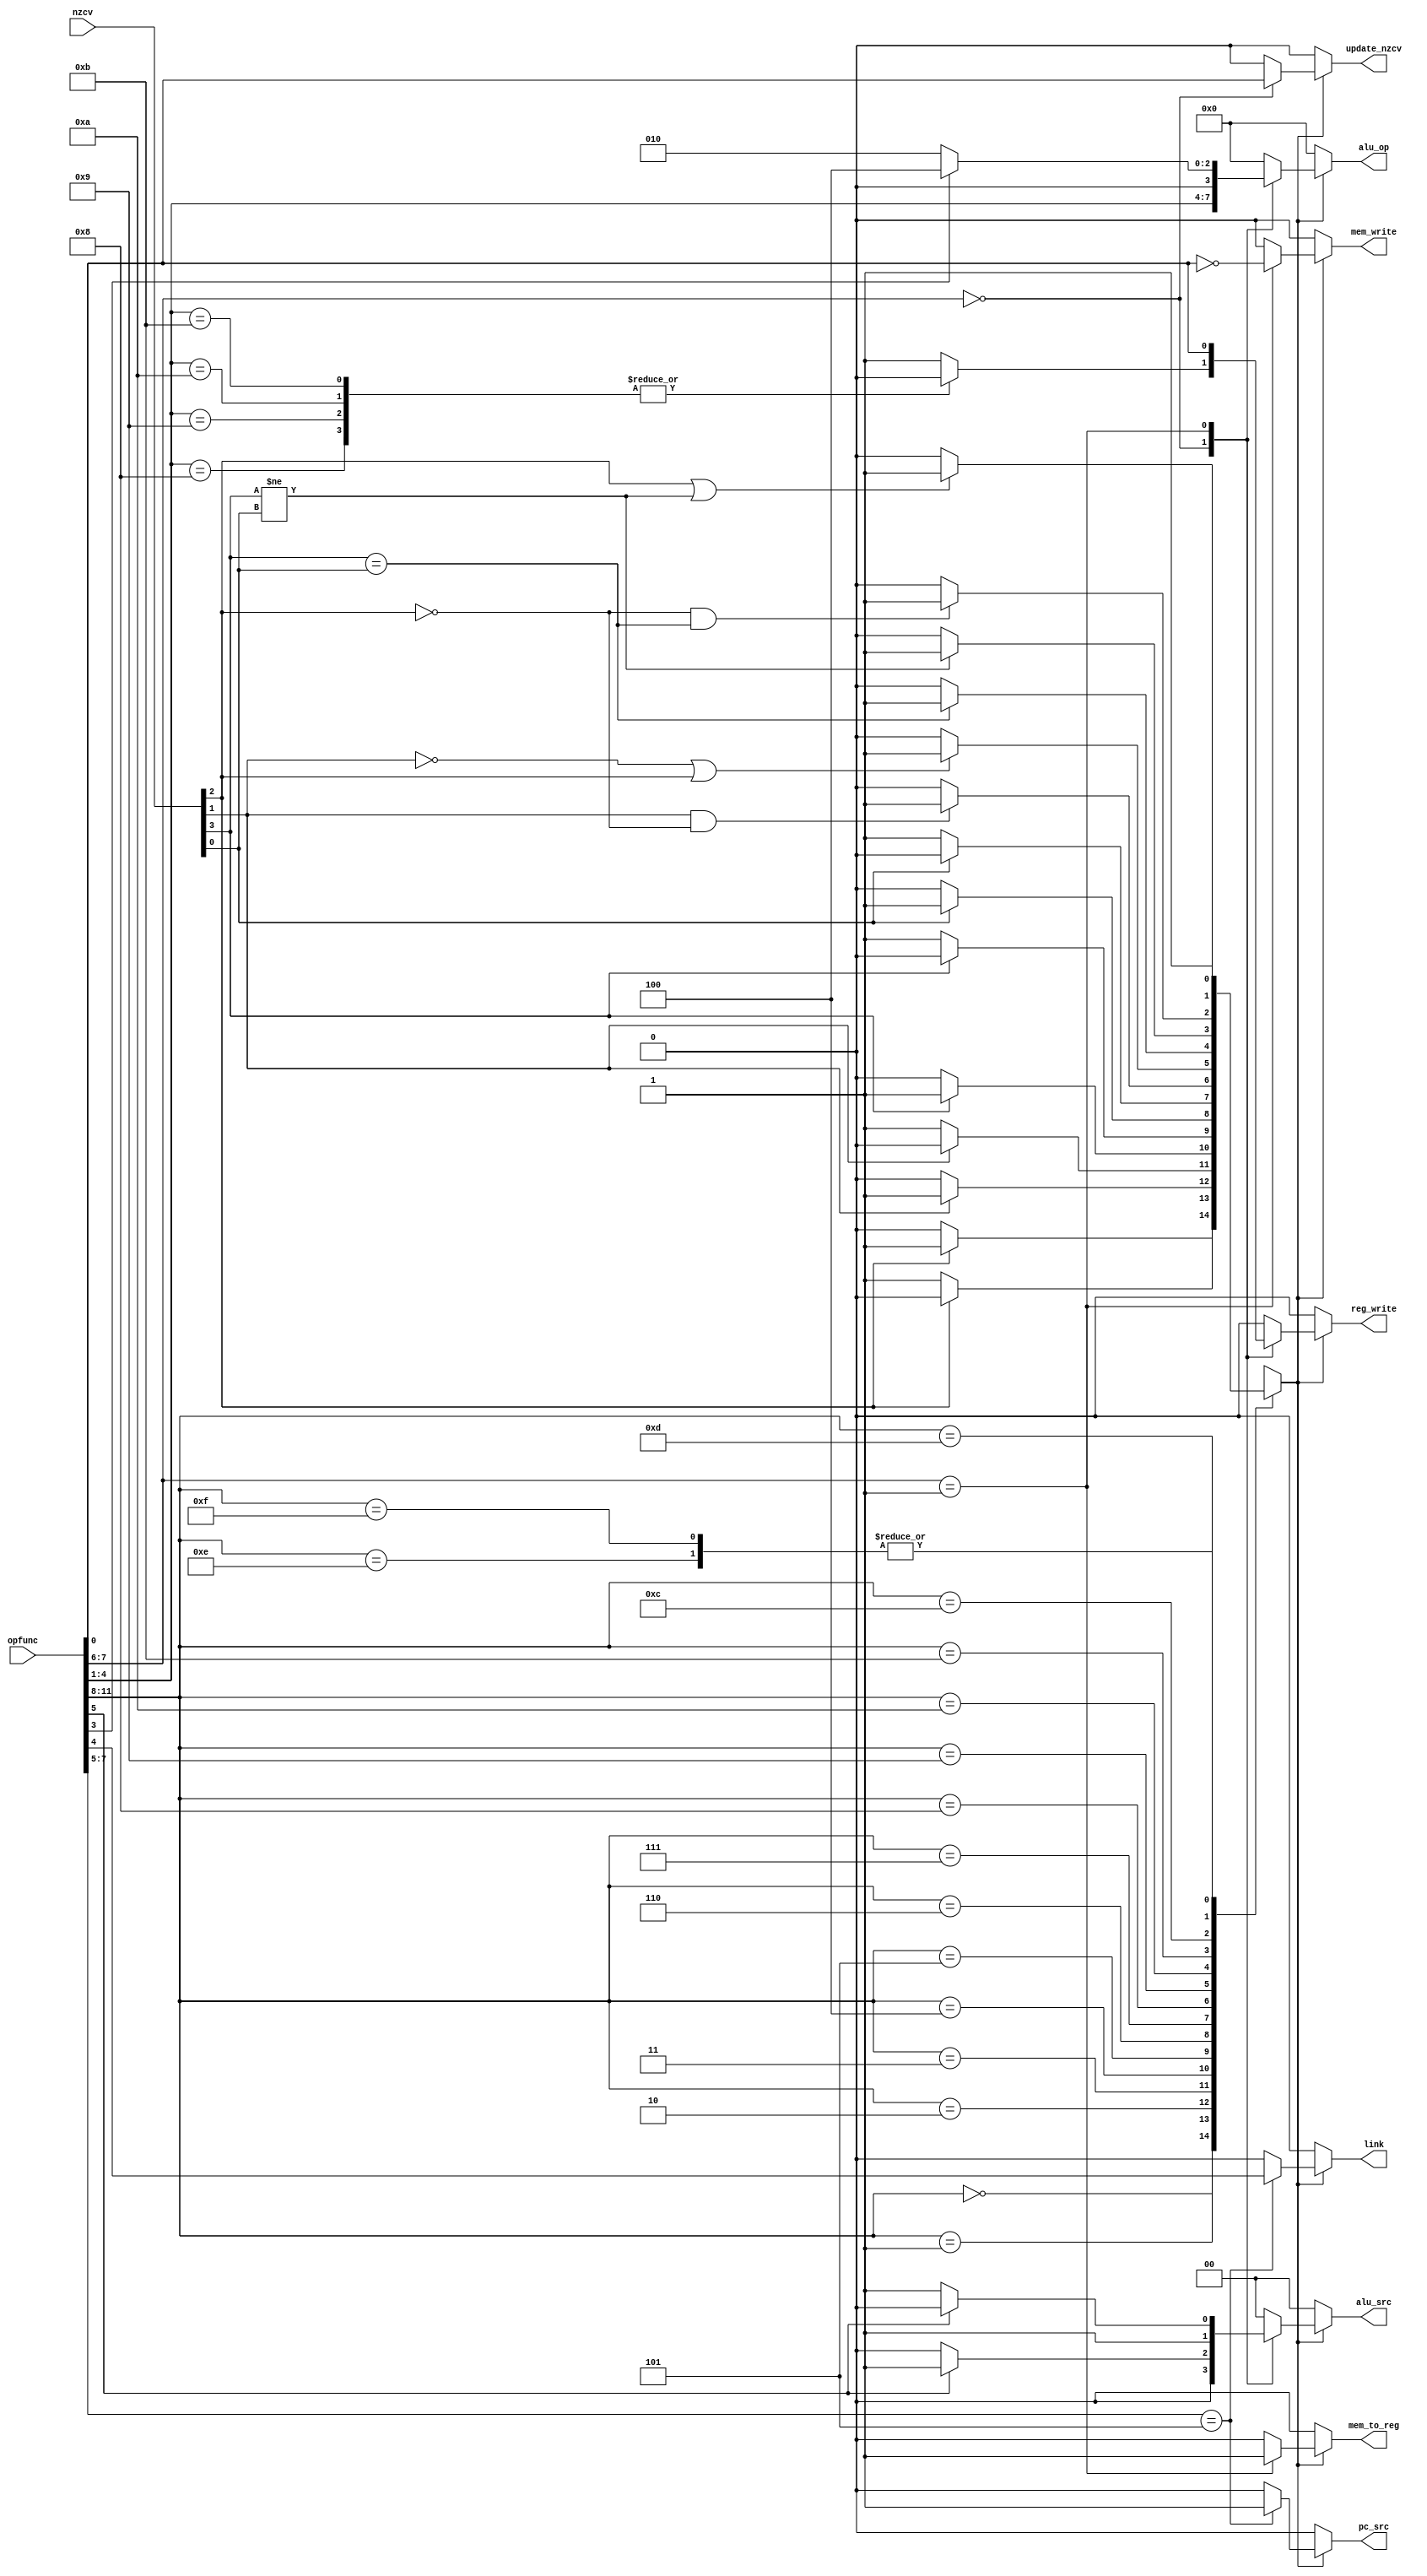
`timescale 1ns / 1ps
//////////////////////////////////////////////////////////////////////////////////
// Company: 
// Engineer: 
// 
// Design Name: 
// Module Name:    control 
// Project Name: 
// Target Devices: 
// Tool versions: 
// Description: 
//
// Dependencies: 
//
// Revision: 
// Revision 0.01 - File Created
// Additional Comments: 
//
//////////////////////////////////////////////////////////////////////////////////
module control(opfunc, nzcv, 
					reg_write, alu_src, alu_op, mem_to_reg, mem_write, pc_src, 
					update_nzcv, link
    );
	input [3:0]nzcv;
	input [11:0]opfunc;
	output [3:0]alu_op;
	output [1:0]alu_src;
	output reg_write, mem_to_reg, mem_write, pc_src ,update_nzcv ,link;
	
	parameter BRANCH_TYPE = 8'b101xxxxx;
	parameter DATA_PROCESS_TYPE = 8'b00xxxxxx;
	parameter DATA_TRANSFER_TYPE = 8'b01xxxxxx;
	
	//assign test = opfunc[4];
	
	//wire
	wire n,v,z,c;
	reg condition;
	reg reg_write, mem_to_reg, mem_write, pc_src ,update_nzcv ,link;
	reg [3:0]alu_op;
	reg [1:0]alu_src;
	
	assign n = nzcv[3];
	assign z = nzcv[2];
	assign c = nzcv[1];
	assign v = nzcv[0];
	
	always@(*)
	begin
		case( opfunc[11:8] )
			4'b0000:begin
							if( z == 1'b1 )
								condition=1'b1;
							else
								condition=1'b0;
					  end
			4'b0001:begin
							if( z == 1'b0 )
								condition=1'b1;
							else
								condition=1'b0;
					  end
			4'b0010:begin
							if( c == 1'b1 )
								condition=1'b1;
							else
								condition=1'b0;
					  end
			4'b0011:begin
							if( c == 1'b0 )
								condition=1'b1;
							else
								condition=1'b0;
					  end
			4'b0100:begin
							if( n == 1'b1 )
								condition=1'b1;
							else
								condition=1'b0;
					  end
			4'b0101:begin
							if( n == 1'b0 )
								condition=1'b1;
							else
								condition=1'b0;
					  end
			4'b0110:begin
							if( v == 1'b1 )
								condition=1'b1;
							else
								condition=1'b0;
					  end
			4'b0111:begin
							if( v == 1'b0 )
								condition=1'b1;
							else
								condition=1'b0;
					  end
			4'b1000:begin
							if( c == 1'b1 && z==1'b0 )
								condition=1'b1;
							else
								condition=1'b0;
					  end
			4'b1001:begin
							if( c == 1'b0 || z == 1'b1)
								condition=1'b1;
							else
								condition=1'b0;
					  end
			4'b1010:begin
							if( n == v )
								condition=1'b1;
							else
								condition=1'b0;
					  end
			4'b1011:begin
							if( n != v )
								condition=1'b1;
							else
								condition=1'b0;
					  end
			4'b1100:begin
							if( z == 1'b0 && n ==v )
								condition=1'b1;
							else
								condition=1'b0;
					  end
			4'b1101:begin
							if( z == 1'b1 || n!=v )
								condition=1'b1;
							else
								condition=1'b0;
					  end
			4'b1110:condition=1'b1;
			4'b1111:condition=1'b1;
			default:condition=1'b1;
		endcase
	end

	always@(*)
	begin
		if( condition == 1'b1 )
			begin
				casex ( opfunc[7:0] )
						BRANCH_TYPE:begin
										reg_write = 1'b0;
										alu_src = 2'b00;
										alu_op = 4'b0000;
										mem_to_reg = 1'b0;
										mem_write = 1'b0;
										pc_src = 1'b1;
										update_nzcv = 1'b0;
										link = opfunc[4];
										end
						DATA_PROCESS_TYPE:begin
												case(opfunc[4:1])
													4'b1000:reg_write = 1'b0;
													4'b1001:reg_write = 1'b0;
													4'b1010:reg_write = 1'b0;
													4'b1011:reg_write = 1'b0;
													default: reg_write = 1'b1;
												endcase
												if( opfunc[5] == 1'b0 )
													alu_src = 2'b00;
												else
													alu_src = 2'b01;
												alu_op = opfunc[4:1];
												mem_to_reg = 1'b0;
												mem_write = 1'b0;
												pc_src = 1'b0;
												update_nzcv = opfunc[0];
												link = 1'b0;
												end
						DATA_TRANSFER_TYPE:begin
												 reg_write = opfunc[0];
												 if( opfunc[3] == 1'b1)
													alu_op = 4'b0100;
												 else
													alu_op = 4'b0010;
												 if( opfunc[5] == 1'b1 )
													alu_src = 2'b10;
												 else
													alu_src = 2'b11;
												 mem_to_reg = 1'b1;
												 mem_write = ~opfunc[0];
												 pc_src = 1'b0;
												 update_nzcv = 1'b0;
												 link = 1'b0;
											 end
						default:begin
										reg_write = 1'b0;
										alu_src = 2'b00;
										alu_op = 4'b0000;
										mem_to_reg = 1'b0;
										mem_write = 1'b0;
										pc_src = 1'b0;
										update_nzcv = 1'b0;
										link = 0;	
								  end
				endcase
			end
		else
			begin
				reg_write = 1'b0;
				alu_src = 2'b00;
				alu_op = 4'b0000;
				mem_to_reg = 1'b0;
				mem_write = 1'b0;
				pc_src = 1'b0;
				update_nzcv = 1'b0;
				link = 0;
			end
	
	end
	
endmodule